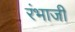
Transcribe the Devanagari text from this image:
रंभाजी